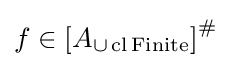
f\in \left[A_{\cup \operatorname {cl} \operatorname {Finite} }\right]^{\#}